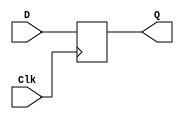
module NED (D, Clk, Q);
	input D, Clk;
	output reg Q;
	always @ (negedge Clk)
		Q = D;
endmodule